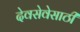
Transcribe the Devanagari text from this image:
देवसेवेसाठी